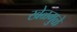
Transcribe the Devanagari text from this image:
खेळमुळे